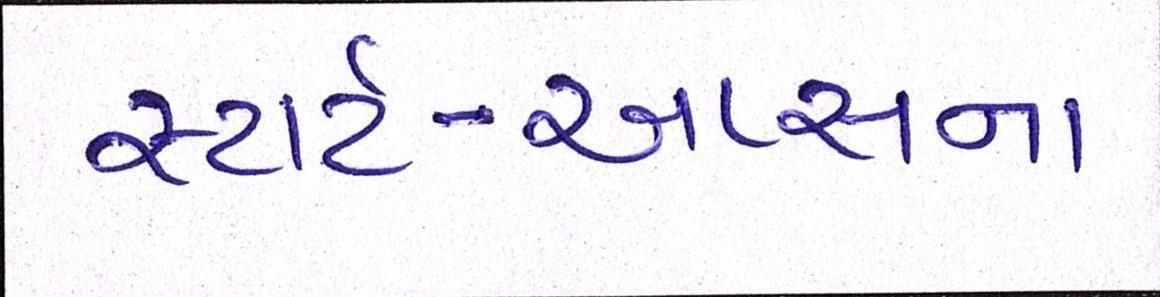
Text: સ્ટાર્ટ-અપ્સના